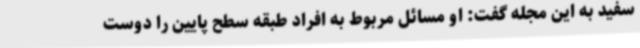
سفید به این مجله گفت: او مسائل مربوط به افراد طبقه سطح پایین را دوست